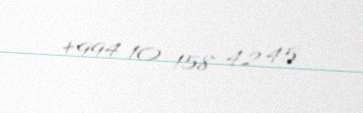
+994 10 158 42 45